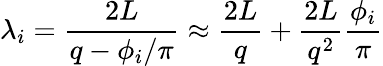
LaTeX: \lambda_{i}=\frac{2L}{q-\phi_{i}/\pi}\approx\frac{2L}{q}+\frac{2L}{q^{2}}\frac{\phi_{i}}{\pi}